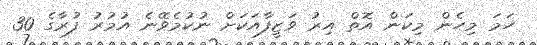
ހަމަ މިހެން މިކަން އޮތް އިރު ވަޒީފާއަކަށް ނުކުމެވޭނެ އުމުރު ފުރާގެ 30